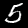
Digit: 5